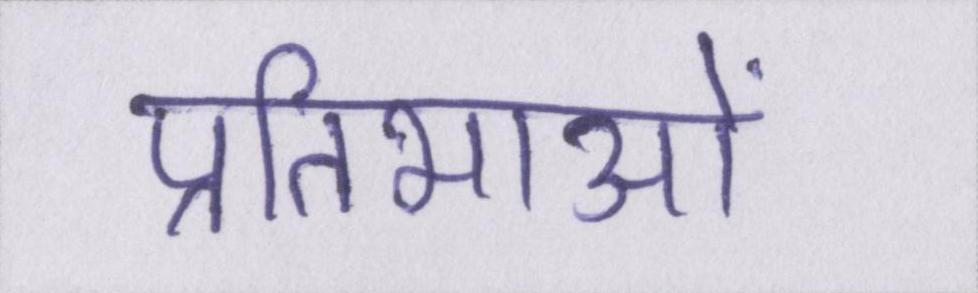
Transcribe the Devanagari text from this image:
प्रतिभाओं